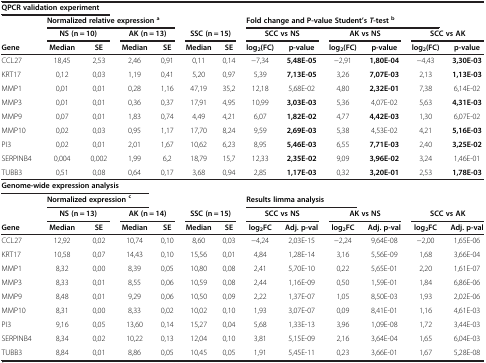
<table><thead><tr><td colspan="3"><b>QPCR validation experiment</b></td><td><b> </b></td><td><b> </b></td><td><b> </b></td><td><b> </b></td><td><b> </b></td><td><b> </b></td><td><b> </b></td><td><b> </b></td><td><b> </b></td><td><b> </b></td></tr><tr><td><b> </b></td><td colspan="4"><b>Normalized relative expression<sup>a</sup></b></td><td><b> </b></td><td><b> </b></td><td colspan="5"><b>Fold change and P-value Student’s<i>T</i>-test<sup>b</sup></b></td><td><b> </b></td></tr><tr><td><b> </b></td><td colspan="2"><b>NS (n = 10)</b></td><td colspan="2"><b>AK (n = 13)</b></td><td colspan="2"><b>SSC (n = 15)</b></td><td colspan="2"><b>SCC vs NS</b></td><td colspan="2"><b>AK vs NS</b></td><td colspan="2"><b>SCC vs AK</b></td></tr><tr><td><b>Gene</b></td><td><b>Median</b></td><td><b>SE</b></td><td><b>Median</b></td><td><b>SE</b></td><td><b>Median</b></td><td><b>SE</b></td><td><b>log<sub>2</sub>(FC)</b></td><td><b>p-value</b></td><td><b>log<sub>2</sub>(FC)</b></td><td><b>p-value</b></td><td><b>log<sub>2</sub>(FC)</b></td><td><b>p-value</b></td></tr></thead><tbody><tr><td>CCL27</td><td>18,45</td><td>2,53</td><td>2,46</td><td>0,91</td><td>0,11</td><td>0,14</td><td>−7,34</td><td><b>5,48E-05</b></td><td>−2,91</td><td><b>1,80E-04</b></td><td>−4,43</td><td><b>3,30E-03</b></td></tr><tr><td>KRT17</td><td>0,12</td><td>0,03</td><td>1,19</td><td>0,41</td><td>5,20</td><td>0,97</td><td>5,39</td><td><b>7,13E-05</b></td><td>3,26</td><td><b>7,07E-03</b></td><td>2,13</td><td><b>1,13E-03</b></td></tr><tr><td>MMP1</td><td>0,01</td><td>0,01</td><td>0,28</td><td>1,16</td><td>47,19</td><td>35,2</td><td>12,18</td><td>5,68E-02</td><td>4,80</td><td><b>2,32E-01</b></td><td>7,38</td><td>6,14E-02</td></tr><tr><td>MMP3</td><td>0,01</td><td>0,01</td><td>0,36</td><td>0,37</td><td>17,91</td><td>4,95</td><td>10,99</td><td><b>3,03E-03</b></td><td>5,36</td><td>4,07E-02</td><td>5,63</td><td><b>4,31E-03</b></td></tr><tr><td>MMP9</td><td>0,07</td><td>0,01</td><td>1,83</td><td>0,74</td><td>4,49</td><td>4,21</td><td>6,07</td><td><b>1,82E-02</b></td><td>4,77</td><td><b>4,42E-03</b></td><td>1,30</td><td>6,07E-02</td></tr><tr><td>MMP10</td><td>0,02</td><td>0,03</td><td>0,95</td><td>1,17</td><td>17,70</td><td>8,24</td><td>9,59</td><td><b>2,69E-03</b></td><td>5,38</td><td>4,53E-02</td><td>4,21</td><td><b>5,16E-03</b></td></tr><tr><td>PI3</td><td>0,02</td><td>0,01</td><td>2,01</td><td>1,67</td><td>10,62</td><td>6,23</td><td>8,95</td><td><b>5,46E-03</b></td><td>6,55</td><td><b>7,71E-03</b></td><td>2,40</td><td><b>3,25E-02</b></td></tr><tr><td>SERPINB4</td><td>0,004</td><td>0,002</td><td>1,99</td><td>6,2</td><td>18,79</td><td>15,7</td><td>12,33</td><td><b>2,35E-02</b></td><td>9,09</td><td><b>3,96E-02</b></td><td>3,24</td><td>1,46E-01</td></tr><tr><td>TUBB3</td><td>0,51</td><td>0,08</td><td>0,64</td><td>0,17</td><td>3,68</td><td>0,94</td><td>2,85</td><td><b>1,17E-03</b></td><td>0,32</td><td><b>3,20E-01</b></td><td>2,53</td><td><b>1,78E-03</b></td></tr><tr><td colspan="4"><b>Genome-wide expression analysis</b></td><td> </td><td> </td><td> </td><td> </td><td> </td><td> </td><td> </td><td> </td><td> </td></tr><tr><td> </td><td colspan="3"><b>Normalized expression </b><sup><b>c</b></sup></td><td> </td><td> </td><td> </td><td colspan="3"><b>Results limma analysis</b></td><td> </td><td> </td><td> </td></tr><tr><td> </td><td colspan="2"><b>NS (n = 13)</b></td><td colspan="2"><b>AK (n = 14)</b></td><td colspan="2"><b>SSC (n = 15)</b></td><td colspan="2"><b>SCC vs NS</b></td><td colspan="2"><b>AK vs NS</b></td><td colspan="2"><b>SCC vs AK</b></td></tr><tr><td><b>Gene</b></td><td><b>Median</b></td><td><b>SE</b></td><td><b>Median</b></td><td><b>SE</b></td><td><b>Median</b></td><td><b>SE</b></td><td><b>log</b><sub><b>2</b></sub><b>FC</b></td><td><b>Adj. p-val</b></td><td><b>log</b><sub><b>2</b></sub><b>FC</b></td><td><b>Adj. p-val</b></td><td><b>log</b><sub><b>2</b></sub><b>FC</b></td><td><b>Adj. p-val</b></td></tr><tr><td>CCL27</td><td>12,92</td><td>0,02</td><td>10,74</td><td>0,10</td><td>8,60</td><td>0,03</td><td>−4,24</td><td>2,03E-15</td><td>−2,24</td><td>9,64E-08</td><td>−2,00</td><td>1,65E-06</td></tr><tr><td>KRT17</td><td>10,58</td><td>0,07</td><td>14,43</td><td>0,10</td><td>15,56</td><td>0,01</td><td>4,84</td><td>1,28E-14</td><td>3,16</td><td>5,56E-09</td><td>1,68</td><td>3,66E-04</td></tr><tr><td>MMP1</td><td>8,32</td><td>0,00</td><td>8,39</td><td>0,05</td><td>10,80</td><td>0,08</td><td>2,41</td><td>5,70E-10</td><td>0,22</td><td>5,65E-01</td><td>2,20</td><td>1,61E-07</td></tr><tr><td>MMP3</td><td>8,33</td><td>0,01</td><td>8,55</td><td>0,06</td><td>10,59</td><td>0,08</td><td>2,44</td><td>1,16E-09</td><td>0,50</td><td>1,59E-01</td><td>1,84</td><td>6,86E-06</td></tr><tr><td>MMP9</td><td>8,48</td><td>0,01</td><td>9,29</td><td>0,06</td><td>10,50</td><td>0,09</td><td>2,22</td><td>1,37E-07</td><td>1,05</td><td>8,50E-03</td><td>1,93</td><td>2,02E-06</td></tr><tr><td>MMP10</td><td>8,31</td><td>0,00</td><td>8,33</td><td>0,02</td><td>10,02</td><td>0,10</td><td>1,93</td><td>3,07E-07</td><td>0,09</td><td>8,41E-01</td><td>1,16</td><td>4,61E-03</td></tr><tr><td>PI3</td><td>9,16</td><td>0,05</td><td>13,60</td><td>0,14</td><td>15,27</td><td>0,04</td><td>5,68</td><td>1,33E-13</td><td>3,96</td><td>1,09E-08</td><td>1,72</td><td>3,44E-03</td></tr><tr><td>SERPINB4</td><td>8,34</td><td>0,02</td><td>10,22</td><td>0,13</td><td>12,04</td><td>0,10</td><td>3,81</td><td>5,15E-09</td><td>2,16</td><td>3,64E-04</td><td>1,65</td><td>6,04E-03</td></tr><tr><td>TUBB3</td><td>8,84</td><td>0,01</td><td>8,86</td><td>0,05</td><td>10,45</td><td>0,05</td><td>1,91</td><td>5,45E-11</td><td>0,23</td><td>3,66E-01</td><td>1,67</td><td>5,28E-08</td></tr></tbody></table>